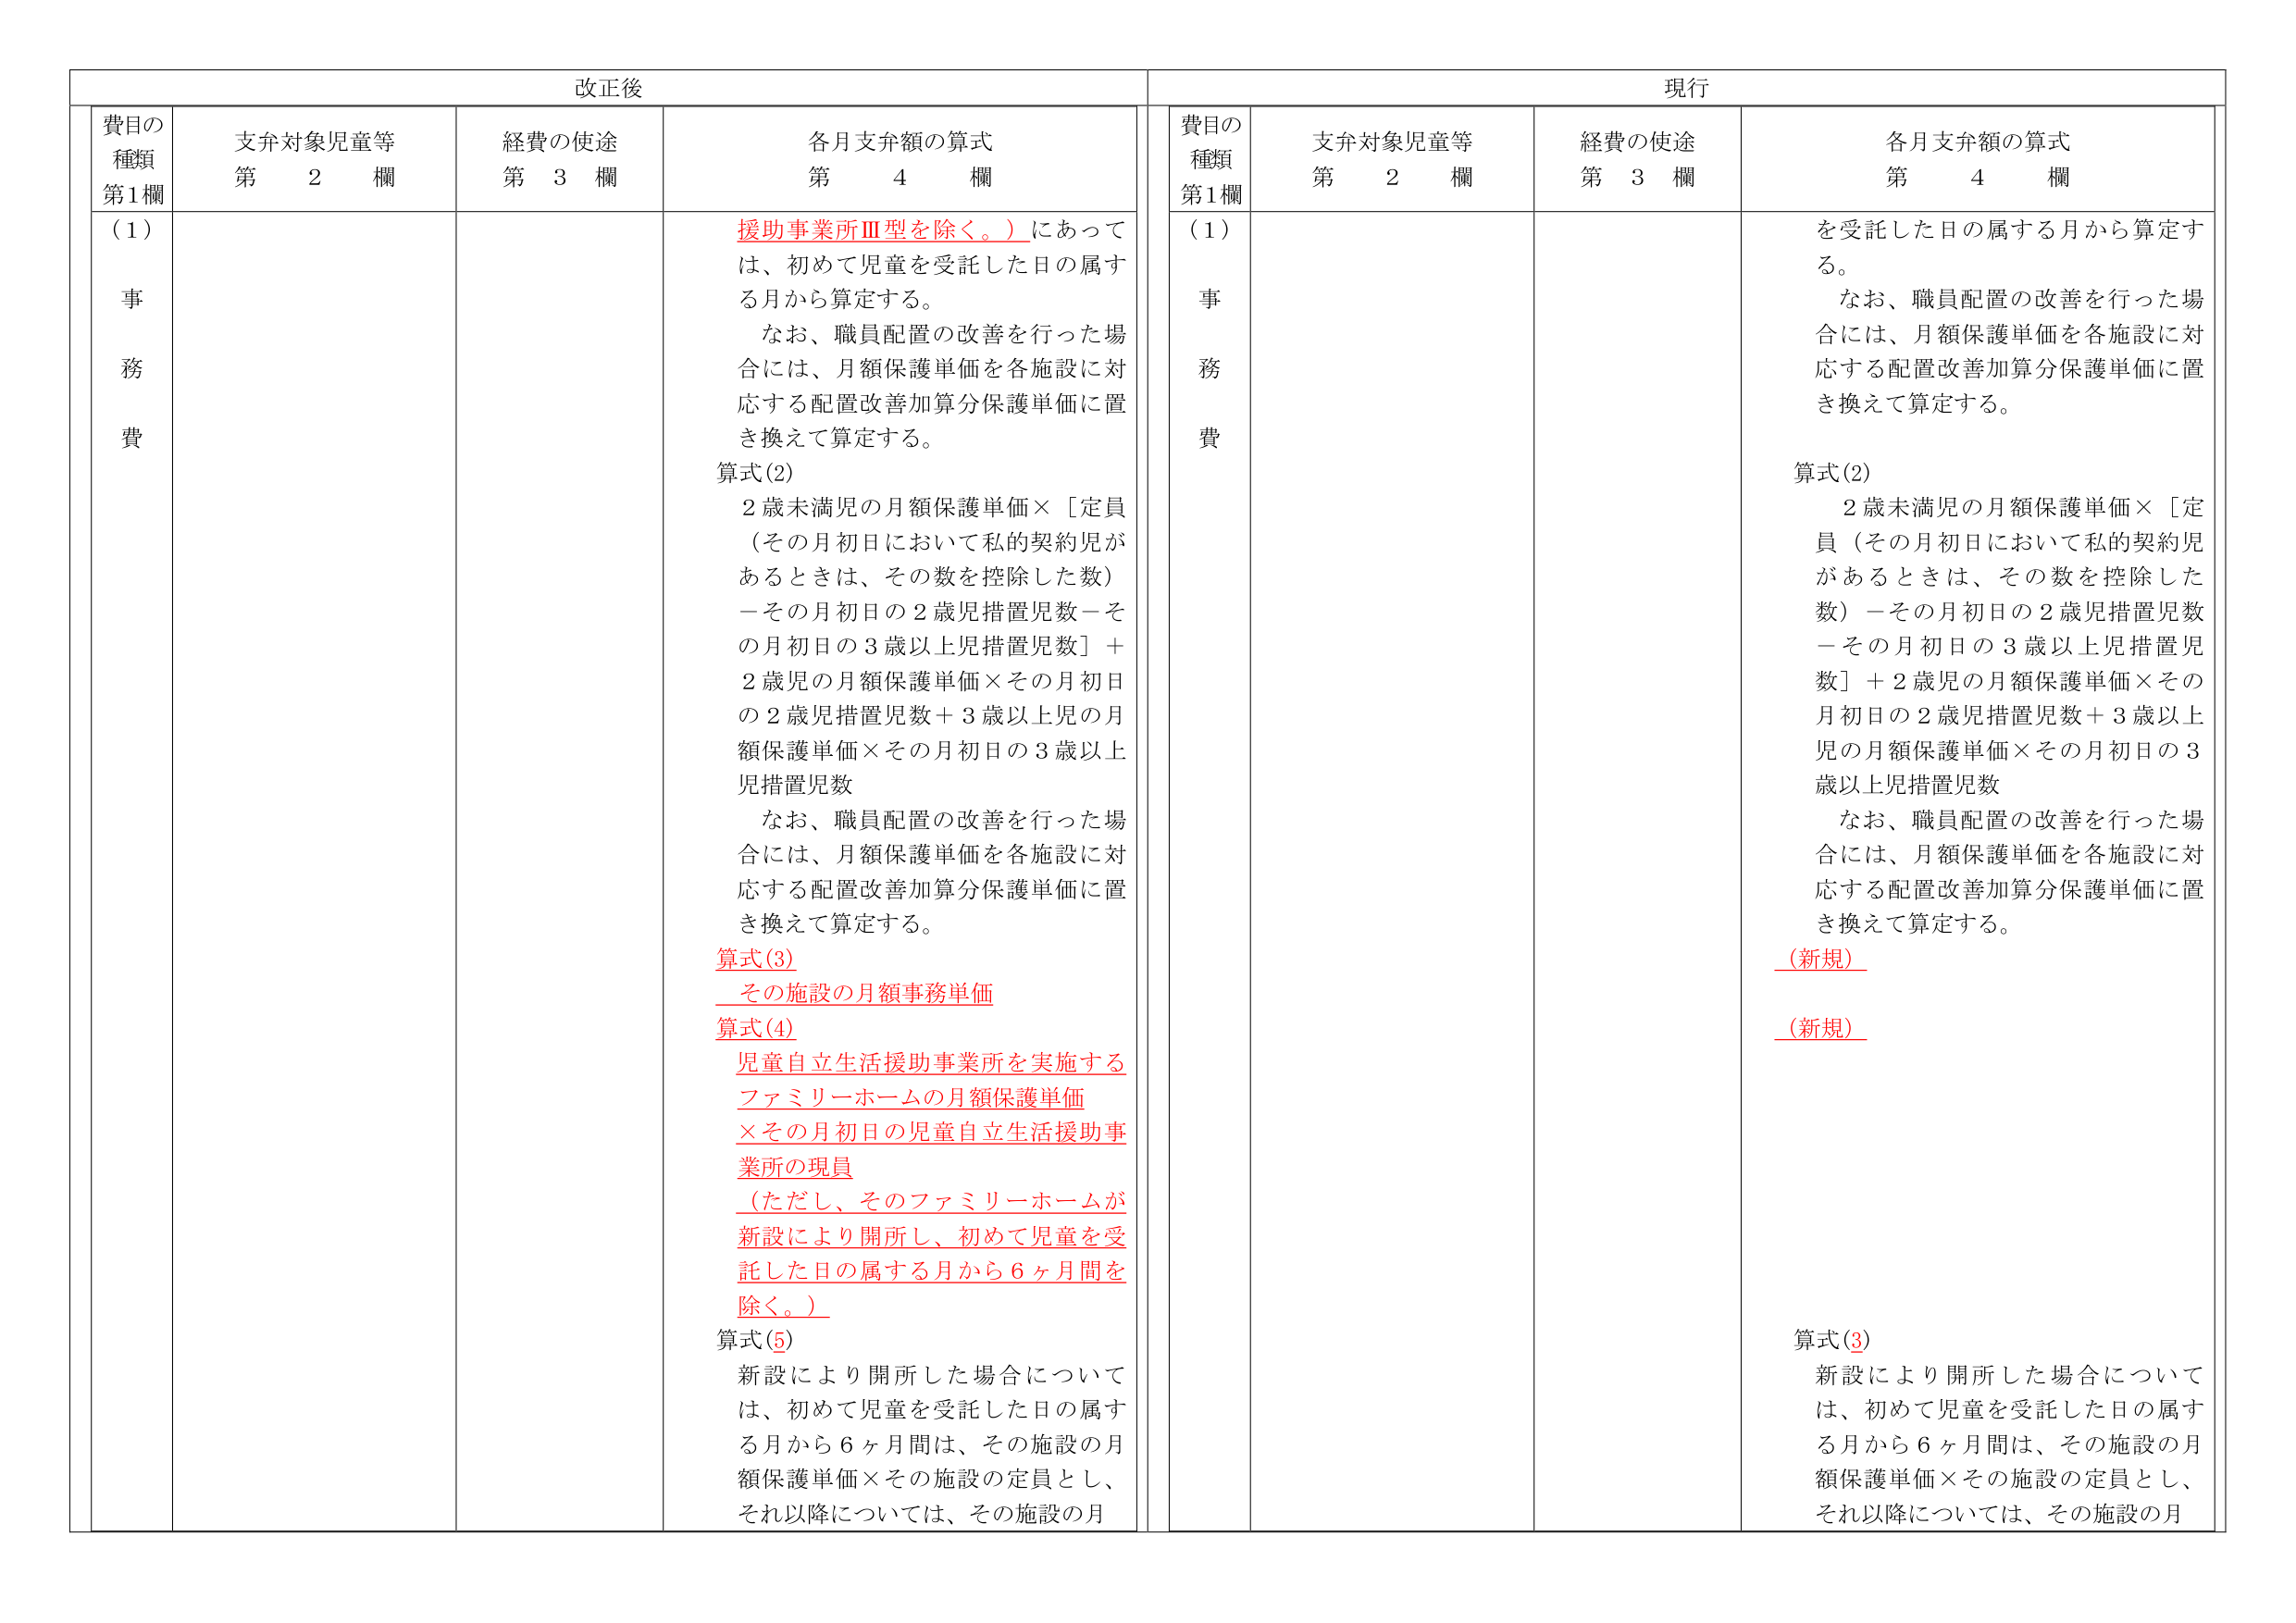
改正後

費目の
種類
第1欄

支弁対象児童等
第　2　欄

経費の使途
第　3　欄

各月支弁額の算式
第　4　欄

（1）
事
務
費

援助事業所Ⅲ型を除く。）にあって
は、初めて児童を受託した日の属す
る月から算定する。
　なお、職員配置の改善を行った場
合には、月額保護単価を各施設に対
応する配置改善加算分保護単価に置
き換えて算定する。

算式(2)
　2歳未満児の月額保護単価×［定員
（その月初日において私的契約児が
あるときは、その数を控除した数）
－その月初日の2歳児措置児数－そ
の月初日の3歳以上児措置児数］＋
2歳児の月額保護単価×その月初日
の2歳児措置児数＋3歳以上児の月
額保護単価×その月初日の3歳以上
児措置児数
　なお、職員配置の改善を行った場
合には、月額保護単価を各施設に対
応する配置改善加算分保護単価に置
き換えて算定する。

算式(3)
　その施設の月額事務単価

算式(4)
　児童自立生活援助事業所を実施する
　ファミリーホームの月額保護単価
　×その月初日の児童自立生活援助事
　業所の現員
　（ただし、そのファミリーホームが
　新設により開所し、初めて児童を受
　託した日の属する月から6ヶ月間を
　除く。）

算式(5)
　新設により開所した場合について
　は、初めて児童を受託した日の属す
　る月から6ヶ月間は、その施設の月
　額保護単価×その施設の定員とし、
　それ以降については、その施設の月

現行

費目の
種類
第1欄

支弁対象児童等
第　2　欄

経費の使途
第　3　欄

各月支弁額の算式
第　4　欄

（1）
事
務
費

を受託した日の属する月から算定す
る。
　なお、職員配置の改善を行った場
合には、月額保護単価を各施設に対
応する配置改善加算分保護単価に置
き換えて算定する。

算式(2)
　2歳未満児の月額保護単価×［定
員（その月初日において私的契約児
があるときは、その数を控除した
数）－その月初日の2歳児措置児数
－その月初日の3歳以上児措置児
数］＋2歳児の月額保護単価×その
月初日の2歳児措置児数＋3歳以上
児の月額保護単価×その月初日の3
歳以上児措置児数
　なお、職員配置の改善を行った場
合には、月額保護単価を各施設に対
応する配置改善加算分保護単価に置
き換えて算定する。

（新規）

（新規）

算式(3)
　新設により開所した場合について
　は、初めて児童を受託した日の属す
　る月から6ヶ月間は、その施設の月
　額保護単価×その施設の定員とし、
　それ以降については、その施設の月